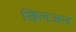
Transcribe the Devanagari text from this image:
खिलअत